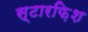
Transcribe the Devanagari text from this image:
स्टारफ़िश